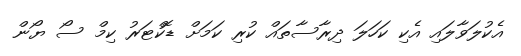
އެކުލަވާލައި އެކި ކަހަލަ ދިރާސާތައް ކުރި ކަމަށް ޑޮކްޓަރު ކިމް ސޯ ޔޯން